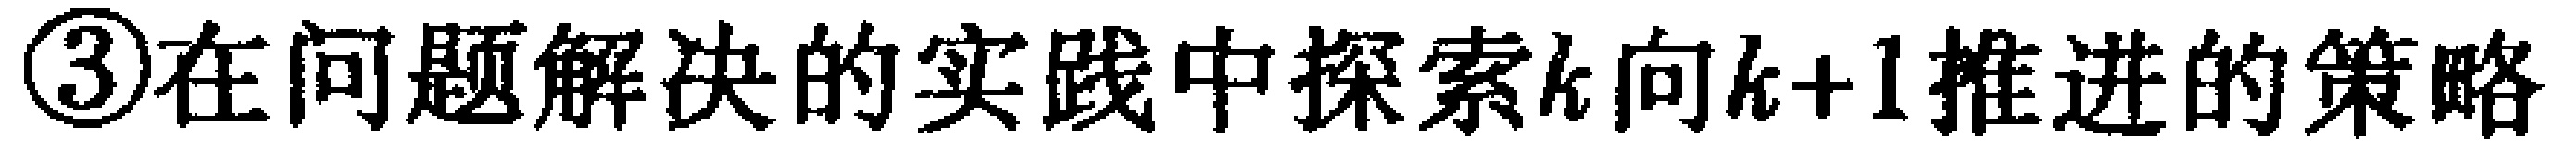
\textcircled{3}在问题解决的实践中探索$k$向$k + 1$推进的策略